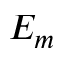
E _ { m }